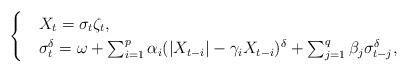
LaTeX: \begin{align*}\begin{cases}& X_t=\sigma_t \zeta_t,\\&\sigma_t^\delta=\omega+\sum_{i=1}^p \alpha_i(|X_{t-i}|-\gamma_i X_{t-i})^\delta+\sum_{j=1}^q\beta_j\sigma_{t-j}^\delta,\end{cases}\end{align*}